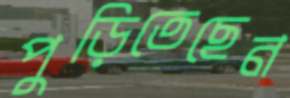
পুড়িতেছেন